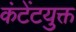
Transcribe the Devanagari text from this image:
कंटेंटयुक्त